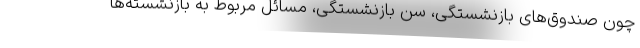
چون صندوق‌های بازنشستگی، سن بازنشستگی، مسائل مربوط به بازنشسته‌ها